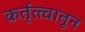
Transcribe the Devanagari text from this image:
कर्तृत्त्वातून